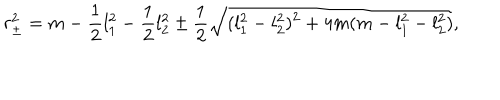
LaTeX: r _ { \pm } ^ { 2 } = m - { \frac { 1 } { 2 } } l _ { 1 } ^ { 2 } - { \frac { 1 } { 2 } } l _ { 2 } ^ { 2 } \pm { \frac { 1 } { 2 } } \sqrt { ( l _ { 1 } ^ { 2 } - l _ { 2 } ^ { 2 } ) ^ { 2 } + 4 m ( m - l _ { 1 } ^ { 2 } - l _ { 2 } ^ { 2 } ) } ,